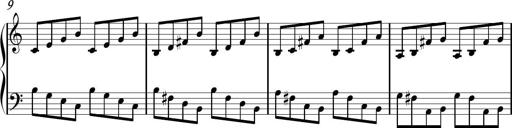
Title: Sonhatina
Composer: Davi Rocha
Key: C major